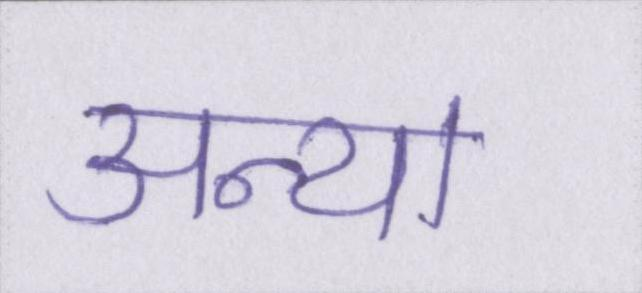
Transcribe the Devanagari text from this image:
अन्या